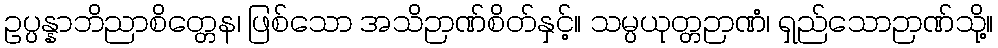
ဥပ္ပန္နာဘိညာစိတ္တေန၊ ဖြစ်သော အသိဉာဏ်စိတ်နှင့်။ သမ္ပယုတ္တဉာဏံ၊ ရှည်သောဉာဏ်သို့။